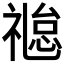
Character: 𬓐